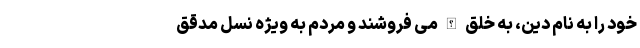
خود را به نام دین، به خلق الله می فروشند و مردم به ویژه نسل مدقّق